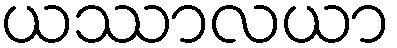
ယဿာလယာ